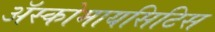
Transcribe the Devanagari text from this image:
अॅस्कोमायसिटिस